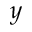
y